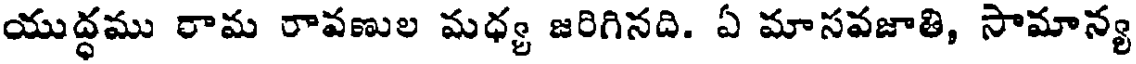
యుద్ధము రామ రావణుల మధ్య జరిగినది. ఏ మాసవజాతి, సామాన్య